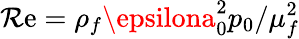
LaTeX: \mathcal{R}\mathrm{e}={\rho_{f}\epsilona_{0}^{2}p_{0}}/{\mu_{f}^{2}}